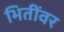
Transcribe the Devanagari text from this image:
भितींवर